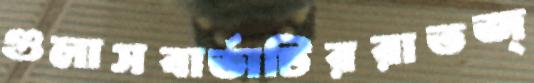
গুলাসবার্তাটিররাতজ্